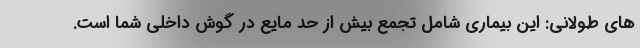
های طولانی: این بیماری شامل تجمع بیش از حد مایع در گوش داخلی شما است.